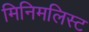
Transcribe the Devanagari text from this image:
मिनिमलिस्ट